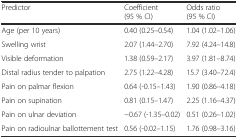
<table><thead><tr><td><b>Predictor</b></td><td><b>Coefficient (95 % CI)</b></td><td><b>Odds ratio (95 % CI)</b></td></tr></thead><tbody><tr><td>Age (per 10 years)</td><td>0.40 (0.25–0.54)</td><td>1.04 (1.02–1.06)</td></tr><tr><td>Swelling wrist</td><td>2.07 (1.44–2.70)</td><td>7.92 (4.24–14.8)</td></tr><tr><td>Visible deformation</td><td>1.38 (0.59–2.17)</td><td>3.97 (1.81–8.74)</td></tr><tr><td>Distal radius tender to palpation</td><td>2.75 (1.22–4.28)</td><td>15.7 (3.40–72.4)</td></tr><tr><td>Pain on palmar flexion</td><td>0.64 (-0.15–1.43)</td><td>1.90 (0.86–4.18)</td></tr><tr><td>Pain on supination</td><td>0.81 (0.15–1.47)</td><td>2.25 (1.16–4.37)</td></tr><tr><td>Pain on ulnar deviation</td><td>−0.67 (-1.35–0.02)</td><td>0.51 (0.26–1.02)</td></tr><tr><td>Pain on radioulnar ballottement test</td><td>0.56 (-0.02–1.15)</td><td>1.76 (0.98–3.16)</td></tr></tbody></table>